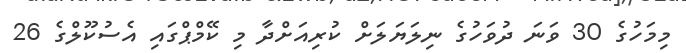
މިމަހުގެ 30 ވަނަ ދުވަހުގެ ނިލަޔަލަށް ކުރިއަށްދާ މި ކޭމްޕްގައި އެސުކޫލްގެ 26